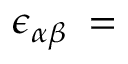
\boldsymbol { \epsilon } _ { \alpha \beta } \: = \: